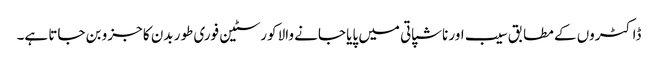
ڈاکٹروں کے مطابق سیب اور ناشپاتی میں پایا جانے والا کورسٹین فوری طور بدن کا جزو بن جاتا ہے۔